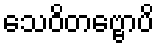
သေဝိတဗ္ဗောပိ